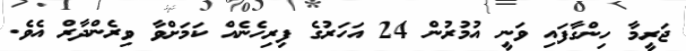
ޖަރީމާ ހިންގާފައި ވަނީ އުމުރުން 24 އަހަރުގެ ފިރިހެނެއް ކަމަށްވާ ވިރެންދާރް އެވެ.